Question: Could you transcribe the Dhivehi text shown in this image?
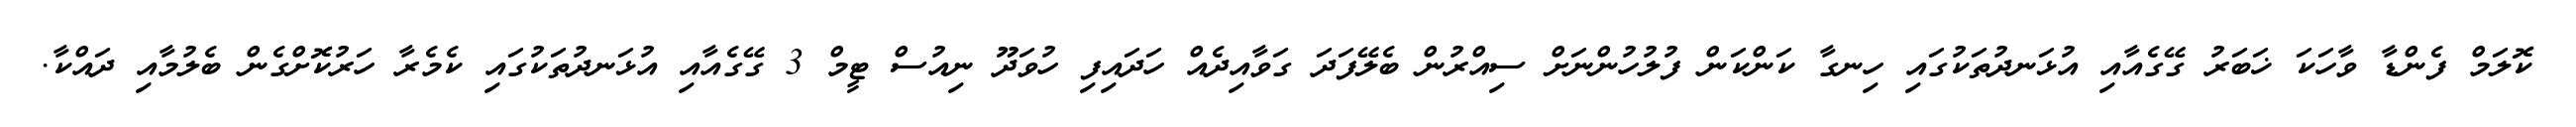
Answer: ކޮލަމް ފެންޑާ ވާހަކަ ޚަބަރު ގޭގެއާއި އުޅަނދުތަކުގައި ހިނގާ ކަންކަން ފުލުހުންނަށް ސިއްރުން ބެލޭފަދަ ގަވާއިދެއް ހަދައިފި ހުވަދޫ ނިއުސް ޓީމް 3 ގޭގެއާއި އުޅަނދުތަކުގައި ކެމެރާ ހަރުކޮށްގެން ބެލުމާއި ދައްކާ.